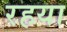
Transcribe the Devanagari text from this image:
रहया